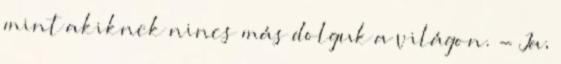
mint akiknek nincs más dolguk a világon. - Ja,